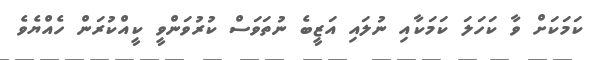
ކަމަކަށް ވާ ކަހަލަ ކަމަކާއި ނުލައި އަޒީބެ ނުތަވަސް ކުރުވަންވީ ކީއްކުރަން ހެއްޔެވެ